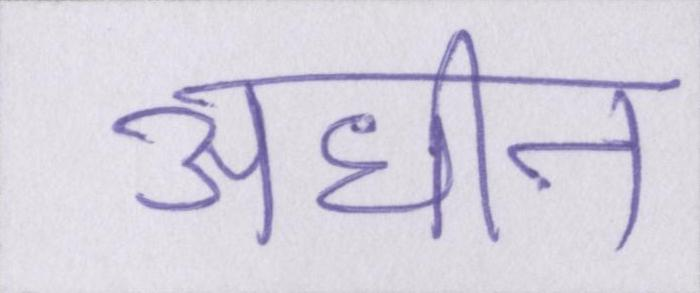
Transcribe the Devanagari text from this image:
अधीन